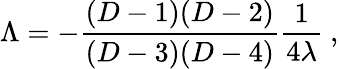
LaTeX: \Lambda=-{\frac{(D-1)(D-2)}{(D-3)(D-4)}}{\frac{1}{4\lambda}}~,